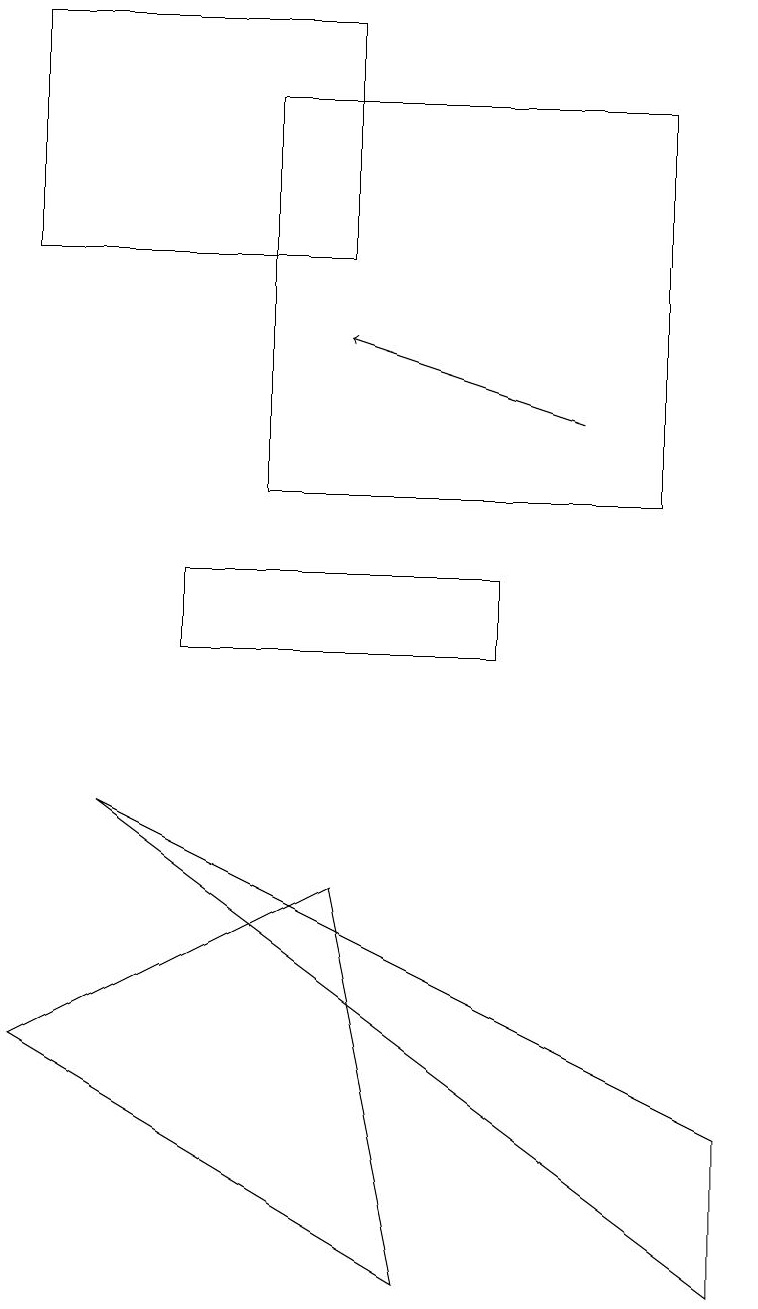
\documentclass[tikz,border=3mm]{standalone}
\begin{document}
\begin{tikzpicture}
\draw (5,2) -- (0,5) -- (4,7) -- cycle;
\draw (6,11) rectangle (2,10);
\draw (9,4) -- (1,8) -- (9,2) -- cycle;
\draw (0,15) rectangle (4,18);
\draw[->] (7,13) -- (4,14);
\draw (8,12) rectangle (3,17);
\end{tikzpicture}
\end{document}